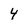
Character: 4